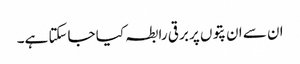
ان سے ان پتوں پر برقی رابطہ کیا جاسکتا ہے۔